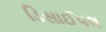
ડિસાઈપલ